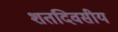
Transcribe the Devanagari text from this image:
शतदिवसीय